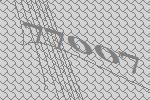
77007